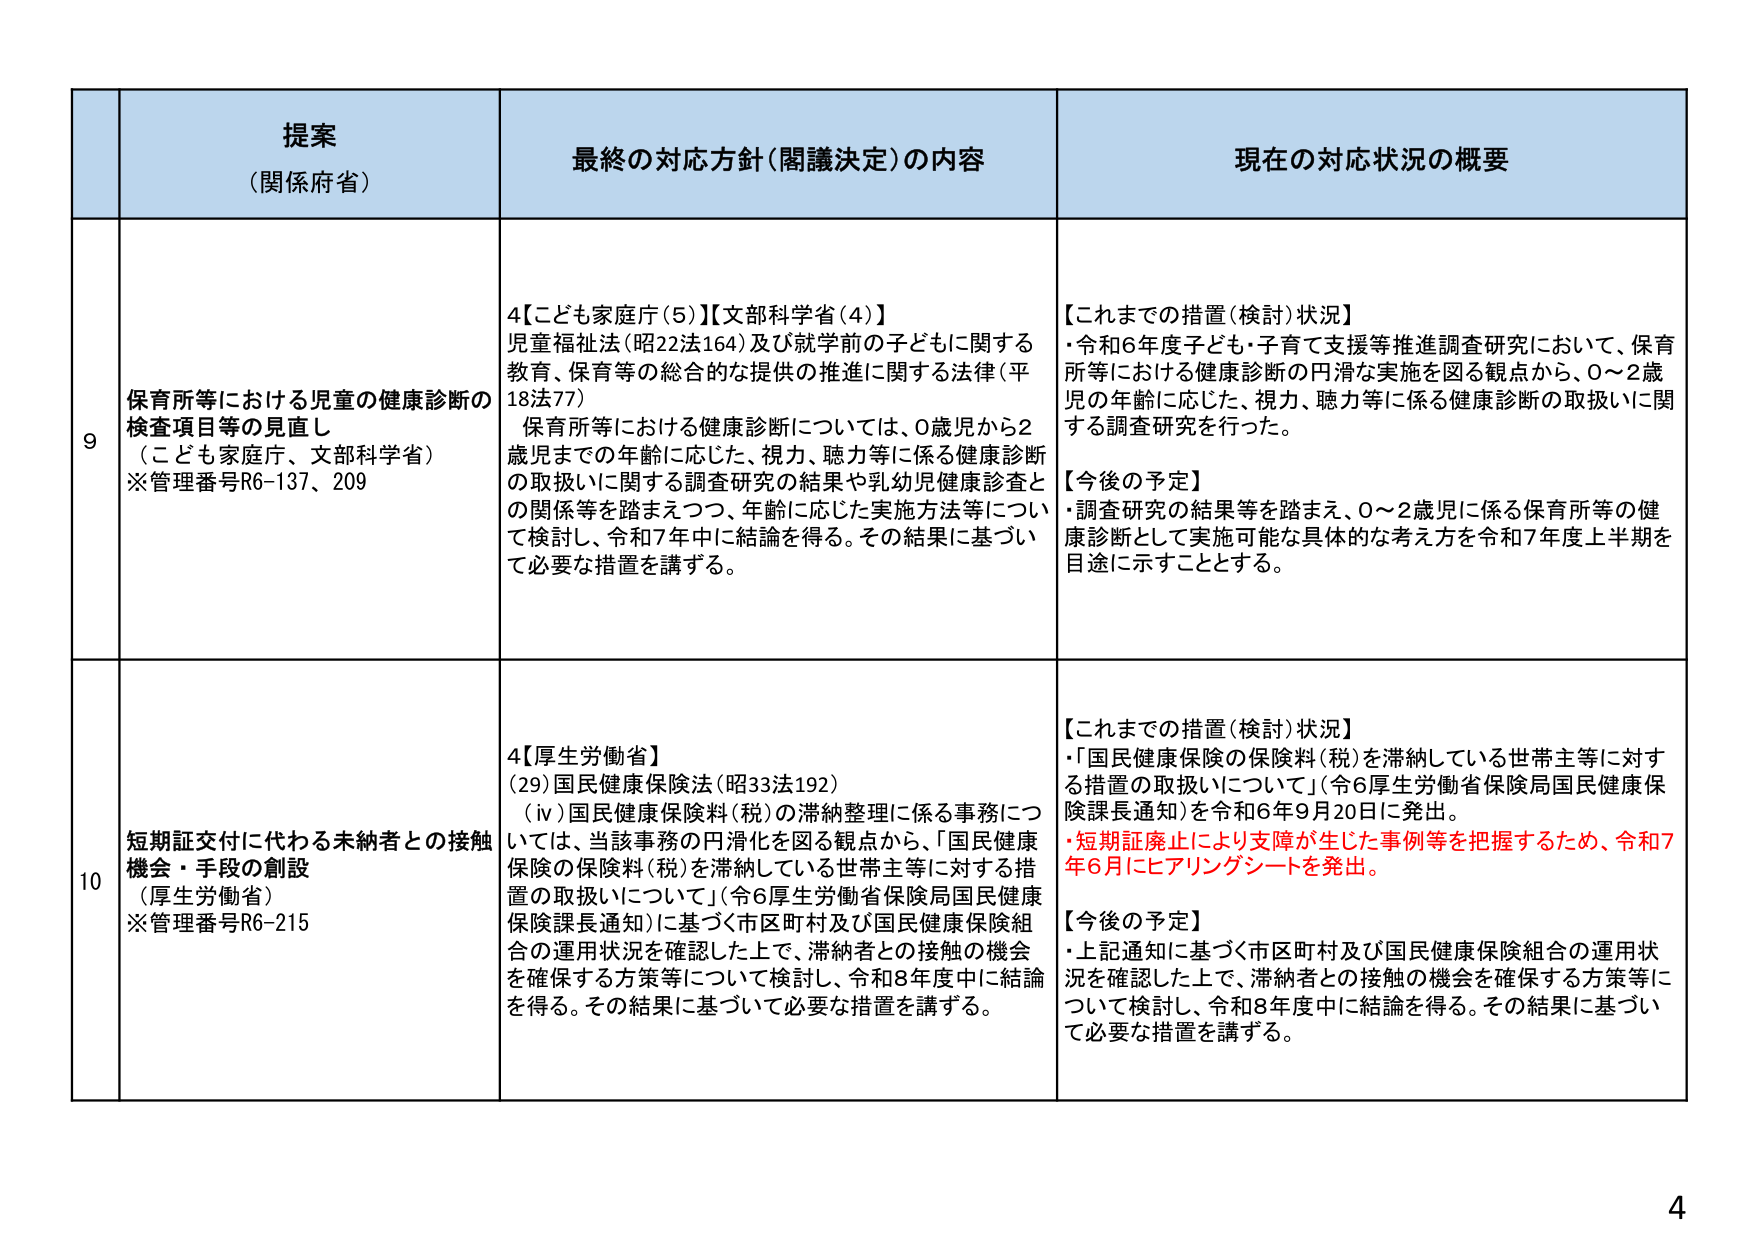
提案
（関係府省）

最終の対応方針（閣議決定）の内容

現在の対応状況の概要

9
保育所等における児童の健康診断の
検査項目等の見直し
（こども家庭庁、文部科学省）
※管理番号R6-137、209

4【こども家庭庁（5）】【文部科学省（4）】
児童福祉法（昭22法164）及び就学前の子どもに関する
教育、保育等の総合的な提供の推進に関する法律（平
18法77）
保育所等における健康診断については、0歳児から2
歳児までの年齢に応じた、視力、聴力等に係る健康診断
の取扱いに関する調査研究の結果や乳幼児健康診査と
の関係等を踏まえつつ、年齢に応じた実施方法等につい
て検討し、令和7年中に結論を得る。その結果に基づい
て必要な措置を講ずる。

【これまでの措置（検討）状況】
・令和6年度子ども・子育て支援等推進調査研究において、保育
所等における健康診断の円滑な実施を図る観点から、0～2歳
児の年齢に応じた、視力、聴力等に係る健康診断の取扱いに関
する調査研究を行った。

【今後の予定】
・調査研究の結果等を踏まえ、0～2歳児に係る保育所等の健
康診断として実施可能な具体的な考え方を令和7年度上半期を
目途に示すこととする。

10
短期証交付に代わる未納者との接触
機会・手段の創設
（厚生労働省）
※管理番号R6-215

4【厚生労働省】
(29)国民健康保険法（昭33法192）
（iv）国民健康保険料（税）の滞納整理に係る事務につ
いては、当該事務の円滑化を図る観点から、「国民健康
保険の保険料（税）を滞納している世帯主等に対する措
置の取扱いについて」（令6厚生労働省保険局国民健康
保険課長通知）に基づく市区町村及び国民健康保険組
合の運用状況を確認した上で、滞納者との接触の機会
を確保する方策等について検討し、令和8年度中に結論
を得る。その結果に基づいて必要な措置を講ずる。

【これまでの措置（検討）状況】
・「国民健康保険の保険料（税）を滞納している世帯主等に対す
る措置の取扱いについて」（令6厚生労働省保険局国民健康保
険課長通知）を令和6年9月20日に発出。
・短期証廃止により支障が生じた事例等を把握するため、令和7
年6月にヒアリングシートを発出。

【今後の予定】
・上記通知に基づく市区町村及び国民健康保険組合の運用状
況を確認した上で、滞納者との接触の機会を確保する方策等に
ついて検討し、令和8年度中に結論を得る。その結果に基づい
て必要な措置を講ずる。

4